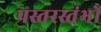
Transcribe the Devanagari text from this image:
प्रस्तरस्तंभों